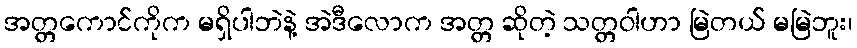
အတ္တကောင်ကိုက မရှိပါဘဲနဲ့ အဲဒီလောက အတ္တ ဆိုတဲ့ သတ္တဝါဟာ မြဲတယ် မမြဲဘူး၊